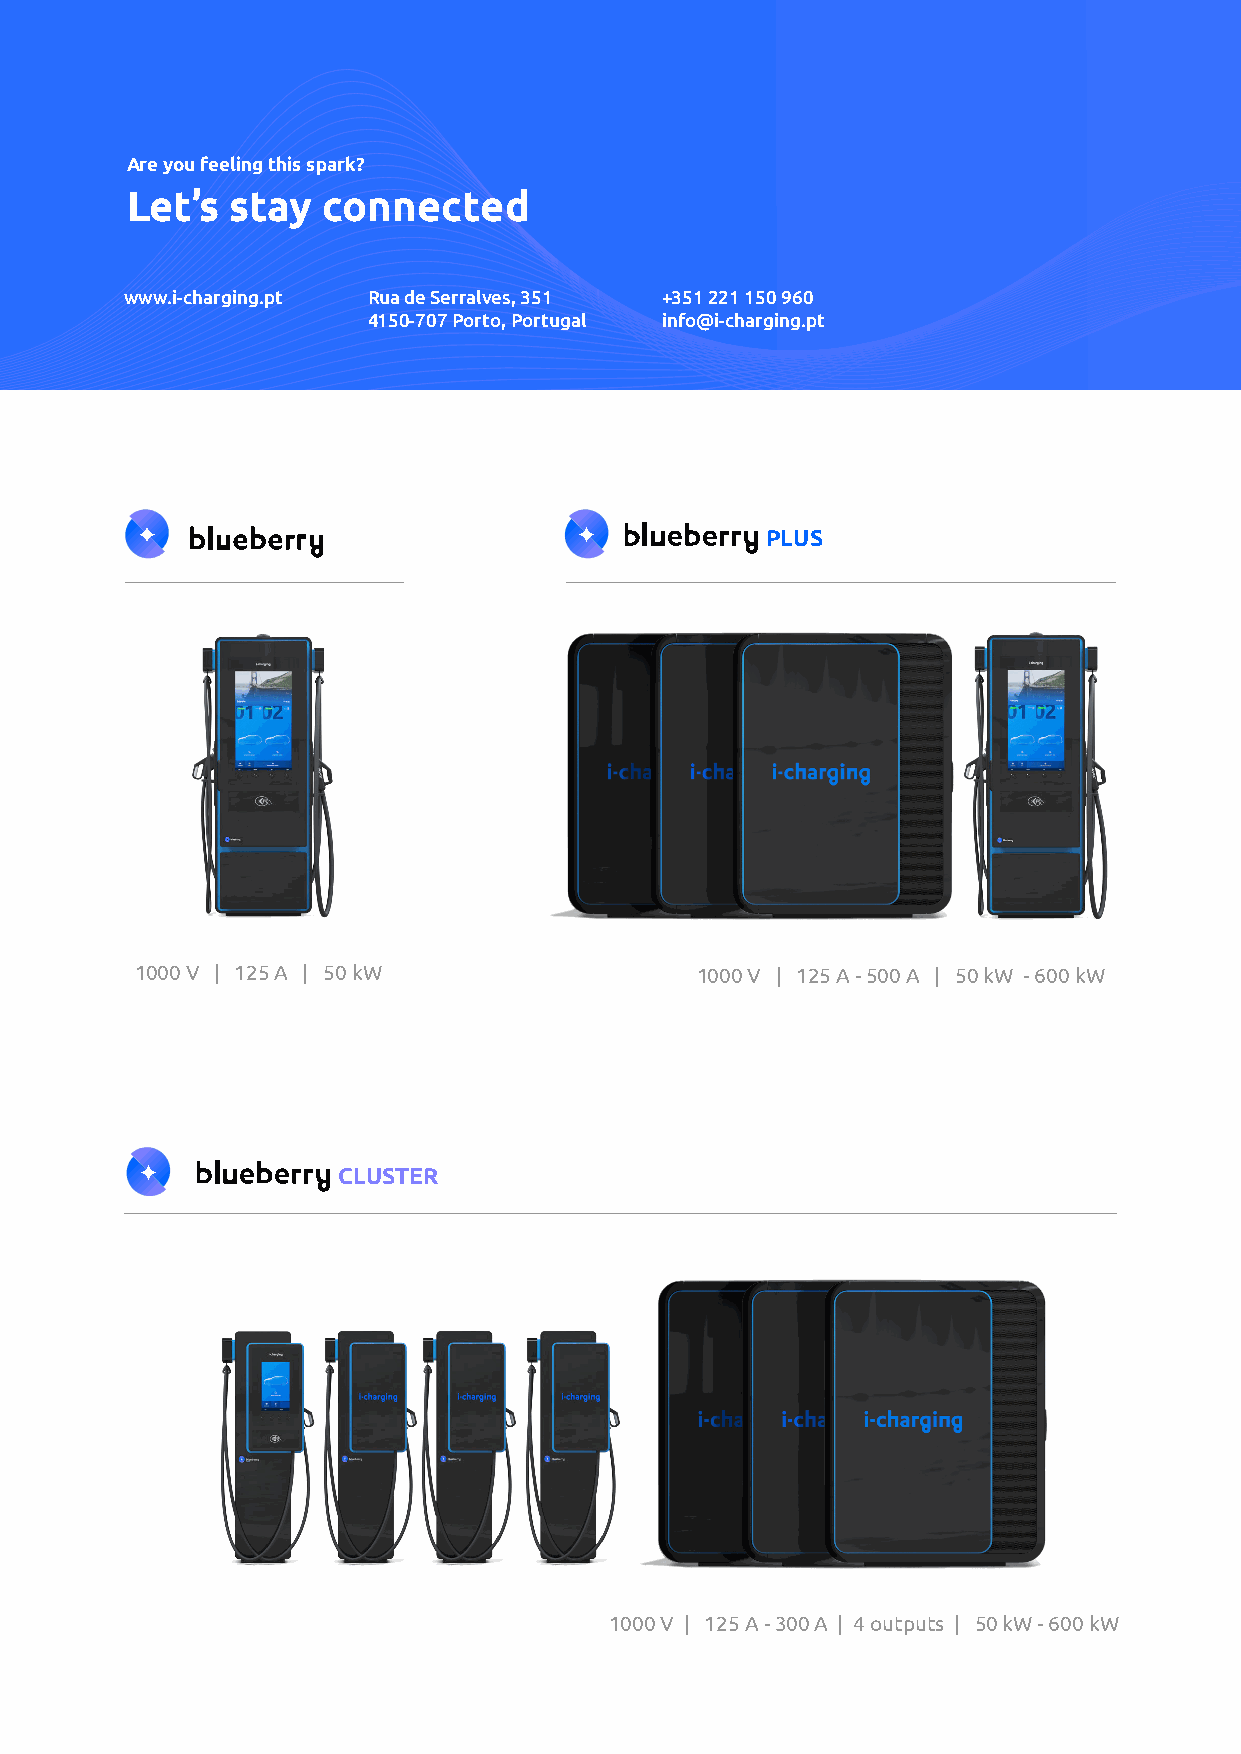
Are you feeling this spark?
 Let’s  stay  connected
 MODELS
 www.i-charging.pt Rua de Serralves, 351 +351 221 150 960
 4150-707 Porto, Portugal info@i-charging.pt
 PLUS
 1000 V | 125 A | 50 kW               1000 V | 125 A - 500 A | 50 kW - 600 kW
 CLUSTER
 1000 V | 125 A - 300 A | 4 outputs | 50 kW - 600 kW